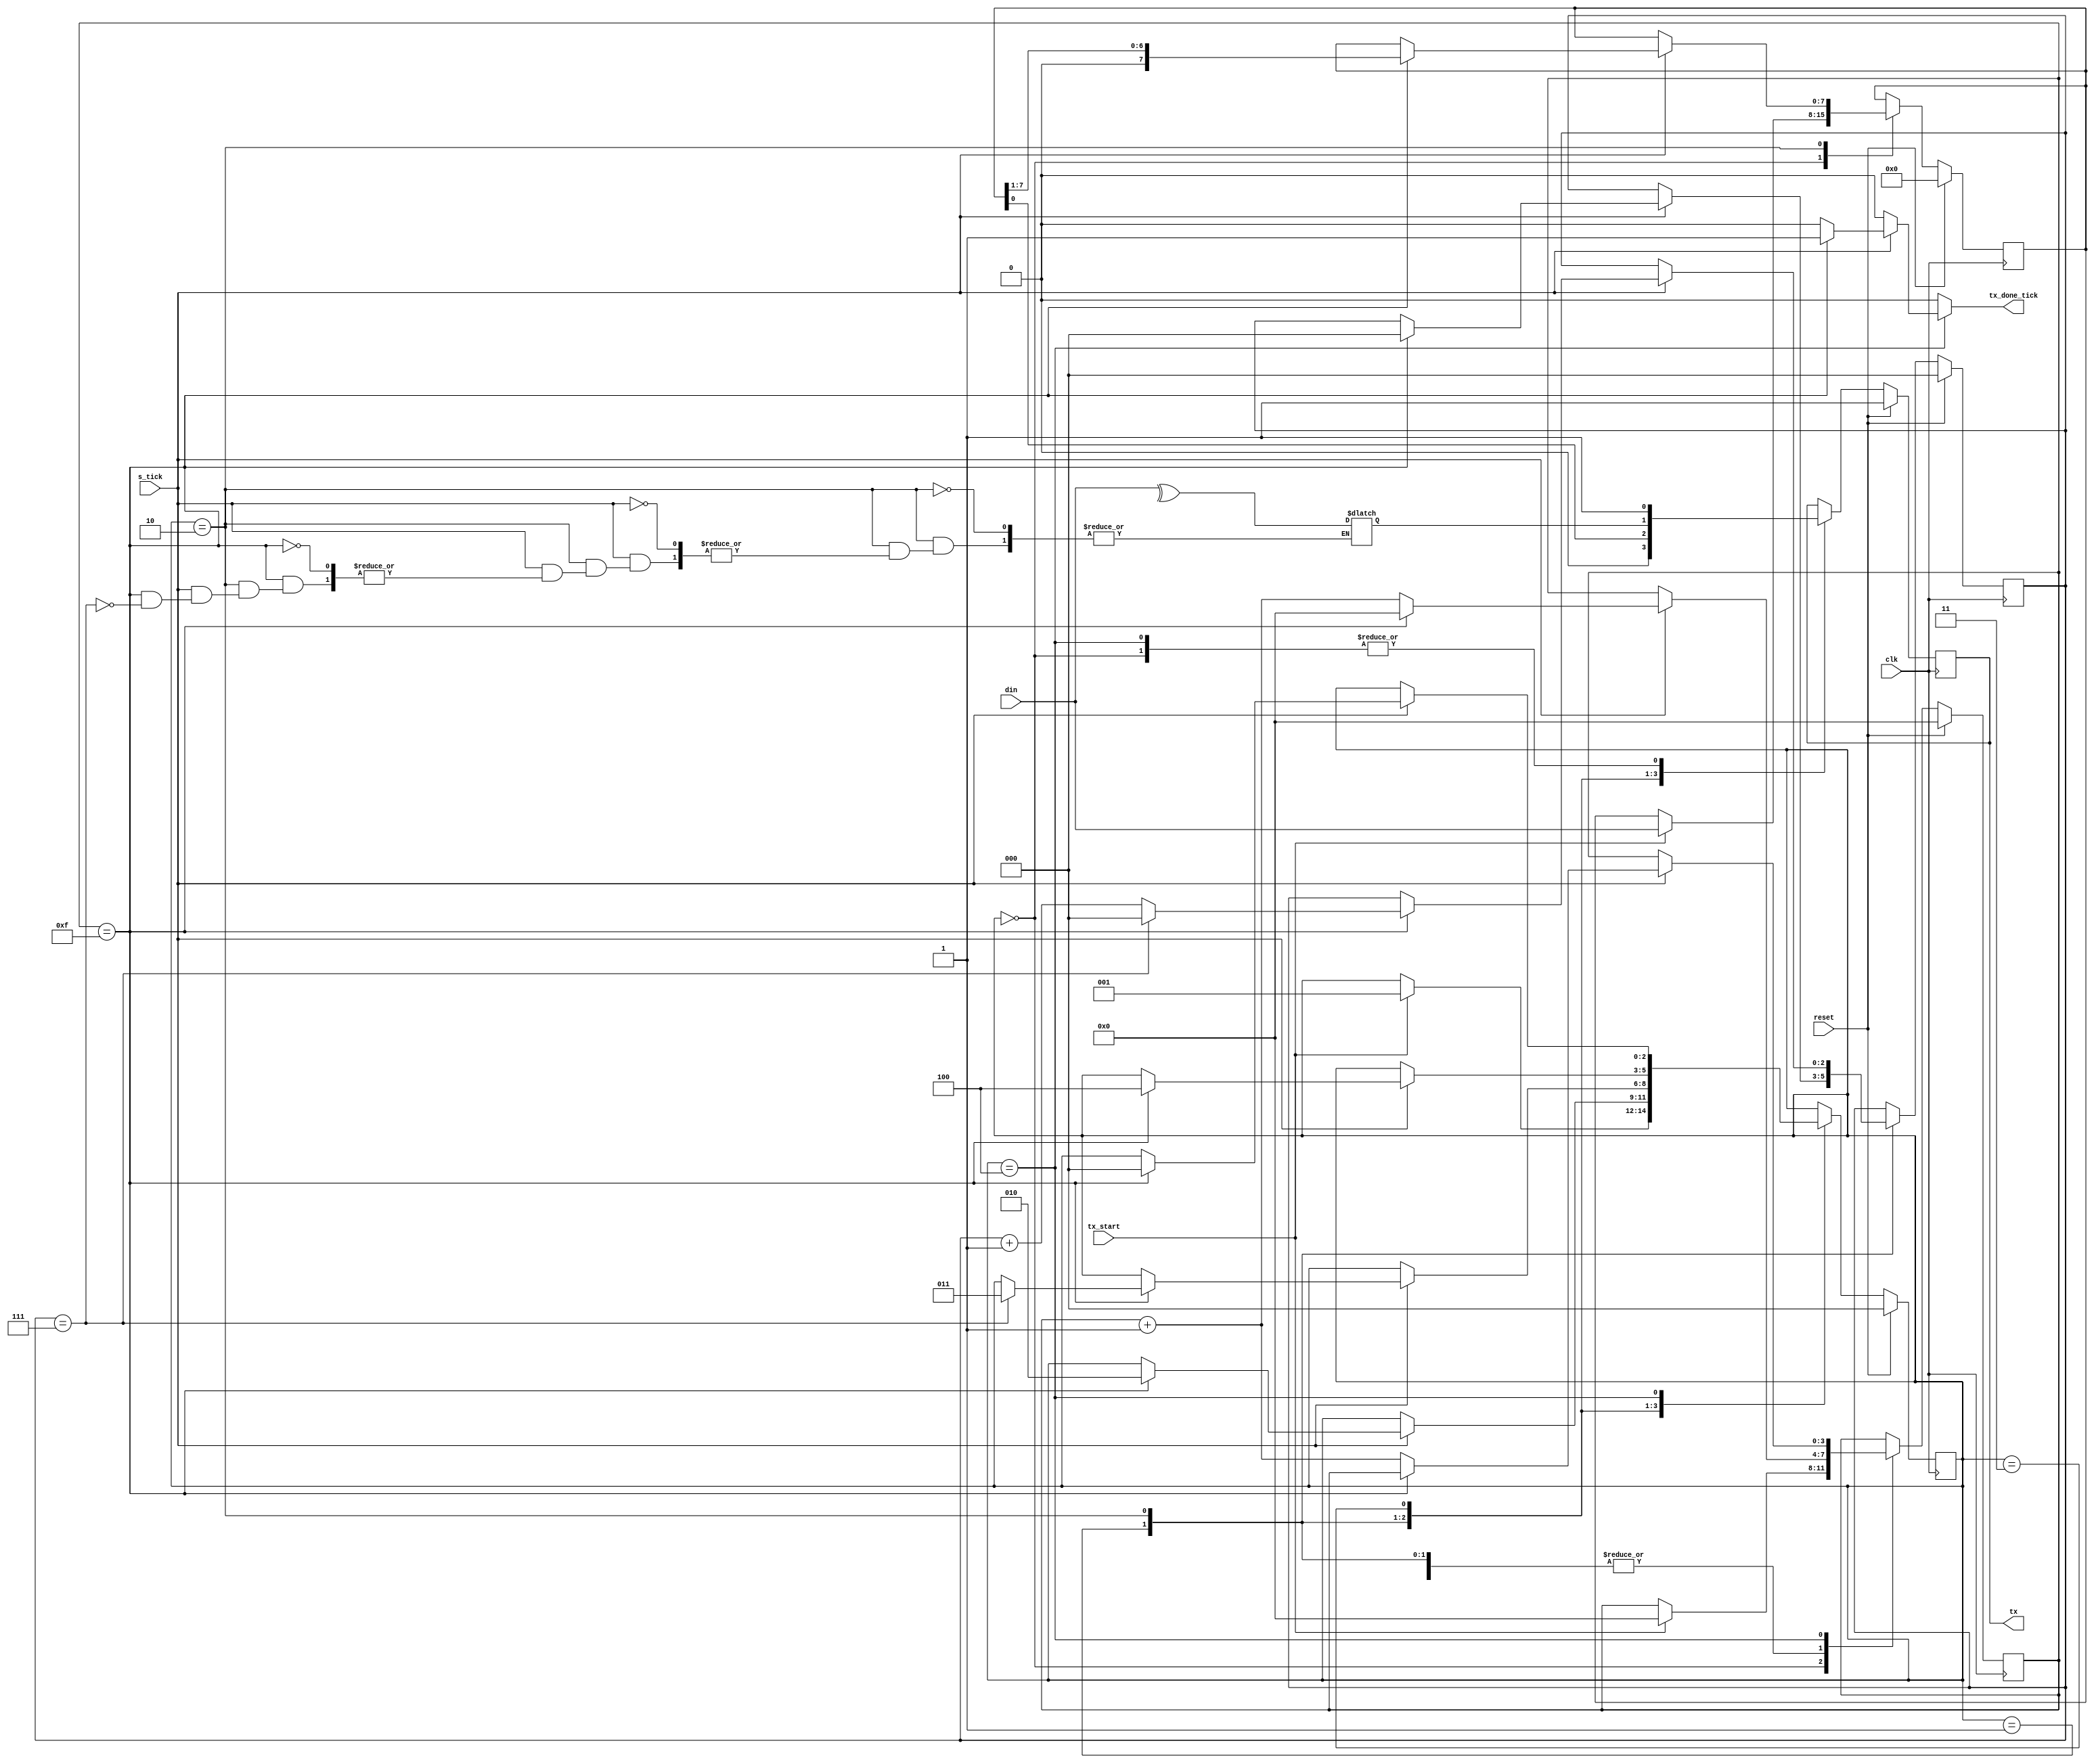
module uart_tx
    #(
        parameter N_BITS = 8,     //cantidad de bits de dato
        parameter SB_TICK = 16 // # ticks para stop bits 
    )
    (
    input wire clk,
    input wire reset,
    input wire tx_start,
    input wire s_tick,
    input wire [N_BITS - 1 : 0] din,
    output reg tx_done_tick,
    output wire tx 
    );

    //Declaracion de los estados
    localparam [2 : 0] idle    = 3'b000;
    localparam [2 : 0] start   = 3'b001;
    localparam [2 : 0] data    = 3'b010;
    localparam [2 : 0] parity  = 3'b011;
    localparam [2 : 0] stop    = 3'b100;

    //Declaracion de las seniales
    reg [2 : 0] state_reg;
    reg [2 : 0] state_next; 
    reg [3 : 0] s_reg;
    reg [3 : 0] s_next; 
    reg [2 : 0] n_reg; 
    reg [2 : 0] n_next; 
    reg [N_BITS - 1 : 0] b_reg; 
    reg [N_BITS - 1 : 0] b_next;
    reg tx_reg;
    reg tx_next;
    reg paridad;

    //maquina de estados para los estados y datos
    always @(posedge clk)begin
        if (reset)
            begin
                state_reg <= idle;
                s_reg <= 0;
                n_reg <= 0;
                b_reg <= 0;
                tx_reg <= 1'b1;
            end        
        else
            begin
                state_reg <= state_next;
                s_reg <= s_next;
                n_reg <= n_next;
                b_reg <= b_next;
                tx_reg <= tx_next;
            end
    end

    //Maquina de estados para proximo estado
    always @(*) begin
        state_next = state_reg;
        tx_done_tick = 1'b0;
        s_next = s_reg;
        n_next = n_reg;
        b_next = b_reg;
        tx_next = tx_reg;

        case (state_reg)
            idle:
                begin
                    tx_next = 1'b1;
                    if (tx_start) 
                        begin
                            state_next = start;
                            s_next = 0;
                            b_next = din;
                        end    
                end 

            start:
                begin
                    tx_next = 1'b0;
                    if (s_tick) 
                        begin
                            if (s_reg == (SB_TICK - 1)) 
                                begin 
                                state_next = data; 
                                s_next = 0; 
                                n_next = 0; 
                                end 
                            else 
                                s_next = s_reg + 1;     
                        end
                end

            data:
                begin
                    tx_next = b_reg[0];
                    if (s_tick)
                        begin
                            if (s_reg == (SB_TICK - 1))
                                begin
                                    s_next = 0;
                                    b_next = b_reg >> 1;
                                    if (n_reg == (N_BITS - 1)) 
                                        begin
                                        paridad = (^din);
                                        state_next = parity;
                                        n_next = 0;
                                        end
                                    else
                                        n_next = n_reg + 1;
                                end
                            else   
                                s_next = s_reg + 1;
                        end
                end
            parity:
                begin
                    tx_next = paridad;
                    if (s_tick)
                        begin
                            if (s_reg == (SB_TICK - 1))
                                begin
                                    //tx_next =  (^b_reg);
                                    state_next = stop; 
                                    s_next = 0;  
                                end
                            else
                                s_next = s_reg + 1;
                                
                        end
                end

            stop:
                begin
                    tx_next = 1'b1;
                    if (s_tick)
                        begin
                            if (s_reg == (SB_TICK - 1))
                                begin
                                    state_next = idle;
                                    tx_done_tick = 1'b1;
                                end
                            else
                                s_next = s_reg + 1;
                        end
                end
            //default: 
            //agregar
        endcase
    end
    assign tx = tx_reg; 

    endmodule